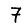
Digit: 7